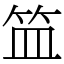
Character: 笽